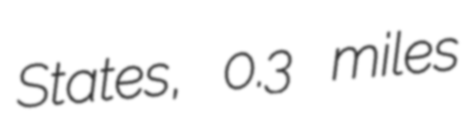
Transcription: States, 0.3 miles